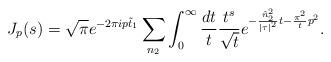
LaTeX: \begin{align*}J_p(s)=\sqrt{\pi}e^{-2\pi ip\tilde{t}_1}\sum _{n_2}\int_{0}^{\infty}\frac{dt}{t}\frac{t^s}{\sqrt{t}}e^{-\frac {\tilde{n}_2^2}{|\tau|^2}t- \frac {\pi ^2}{t}p^2}.\end{align*}